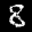
Label: 8